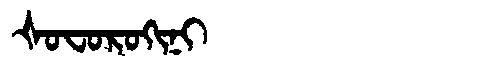
Manchu: ᡧᠣᠸᠣᡵᠣᡴᡳᠨᡳ
Romanization: ŠOFOROKINI